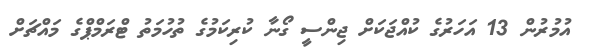
އުމުރުން 13 އަހަރުގެ ކުއްޖަކަށް ޖިންސީ ގޯނާ ކުރިކަމުގެ ތުހުމަތު ޓްރަމްޕްގެ މައްޗަށް